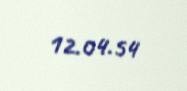
12.04.54